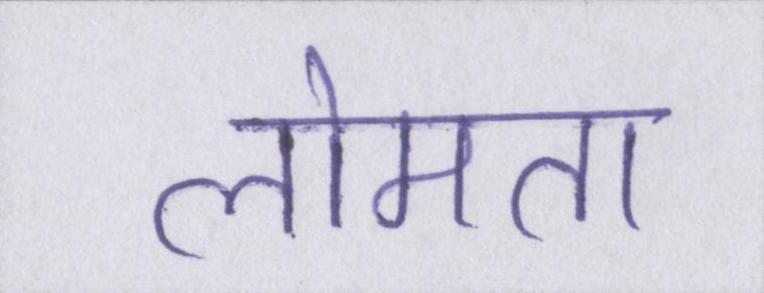
लोमता